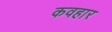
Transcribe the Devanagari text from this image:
कवहार